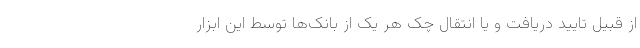
از قبیل تایید دریافت و یا انتقال چک هر یک از بانک‌ها توسط این ابزار